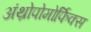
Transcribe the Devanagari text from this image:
अंथ्रोपोमोर्फिक्स